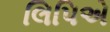
લિપિએ